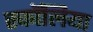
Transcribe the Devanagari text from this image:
स्कॉलिया